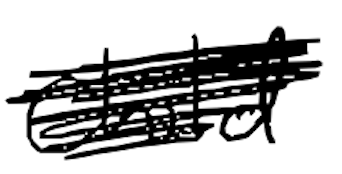
Text: child
Cross-out: scratch
Writing tool: digital_black